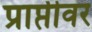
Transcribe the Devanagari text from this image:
प्राप्तीवर